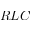
R L C